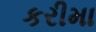
કરીમા